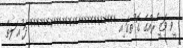
ީވ ވަޒީ ެރއްގެ ގޮ ުތގަ ިއ *************************** ދަ ުއ ަލތް